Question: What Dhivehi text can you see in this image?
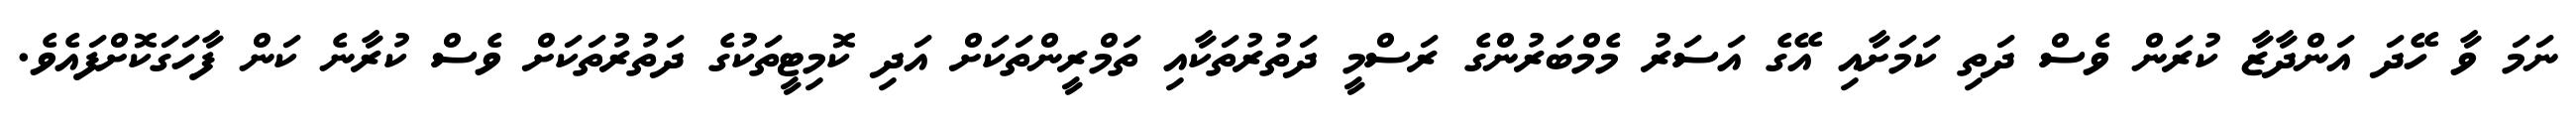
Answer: ނަމަ ވާ ހޭދަ އަންދާޒާ ކުރަން ވެސް ދަތި ކަމަށާއި އޭގެ އަސަރު މެމްބަރުންގެ ރަސްމީ ދަތުރުތަކާއި ތަމްރީންތަކަށް އަދި ކޮމިޓީތަކުގެ ދަތުރުތަކަށް ވެސް ކުރާނެ ކަން ފާހަގަކޮށްފައެވެ.